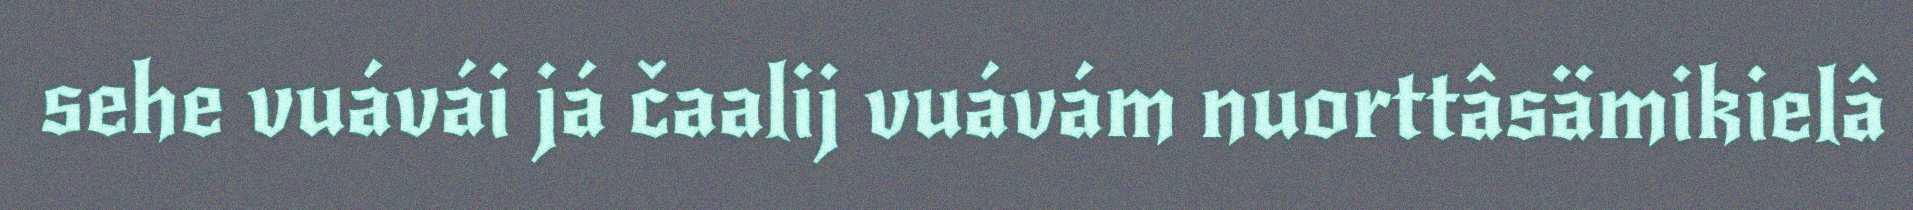
sehe vuávái já čaalij vuávám nuorttâsämikielâ